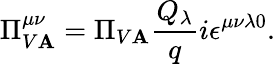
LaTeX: \Pi_{V\mathbf{A}}^{\mu\nu}=\Pi_{V\mathbf{A}}\frac{{Q_{\lambda}}}{{q}}i\epsilon^{\mu\nu\lambda0}.